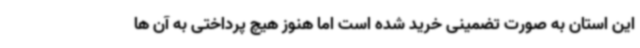
این استان به صورت تضمینی خرید شده است اما هنوز هیچ پرداختی به آن ها